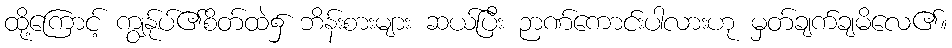
ထို့ကြောင့် ကျွန်ုပ်၏စိတ်ထဲ၌ ဘိန်းစားများ ဆယ်ပြီး ဉာဏ်ကောင်းပါလားဟု မှတ်ချက်ချမိလေ၏။